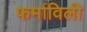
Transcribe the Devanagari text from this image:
फर्माविली